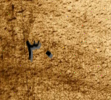
٣٠